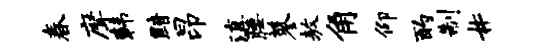
春摩韩黯昂滇腰蓼敖角仰酌制#